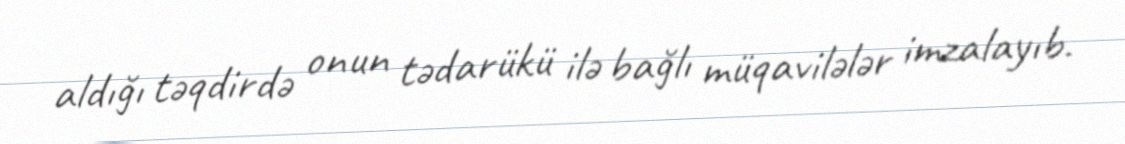
aldığı təqdirdə onun tədarükü ilə bağlı müqavilələr imzalayıb.